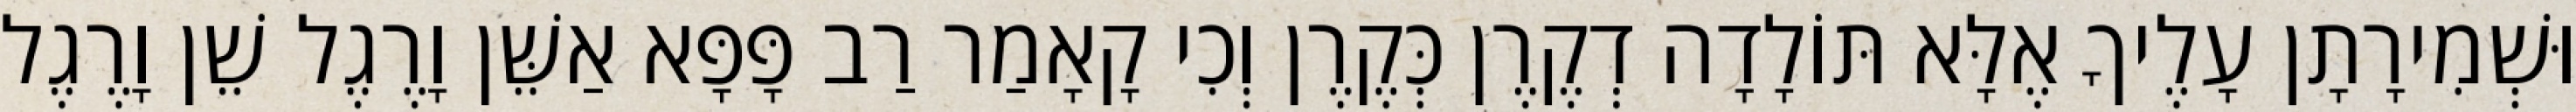
וּשְׁמִירָתָן עָלֶיךָ אֶלָּא תּוֹלָדָה דְקֶרֶן כְּקֶרֶן וְכִי קָאָמַר רַב פָּפָּא אַשֵּׁן וָרֶגֶל שֵׁן וָרֶגֶל